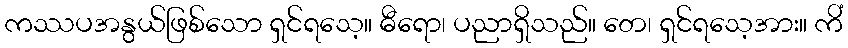
ကဿပအနွယ်ဖြစ်သော ရှင်ရသေ့။ ဓီရော၊ ပညာရှိသည်။ တေ၊ ရှင်ရသေ့အား။ ကိံ